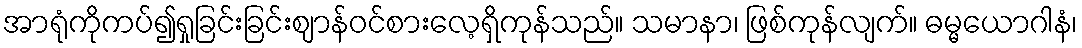
အာရုံကိုကပ်၍ရှုခြင်းခြင်းဈာန်ဝင်စားလေ့ရှိကုန်သည်။ သမာနာ၊ ဖြစ်ကုန်လျက်။ ဓမ္မယောဂါနံ၊